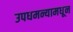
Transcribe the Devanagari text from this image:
उपधमन्यामधून